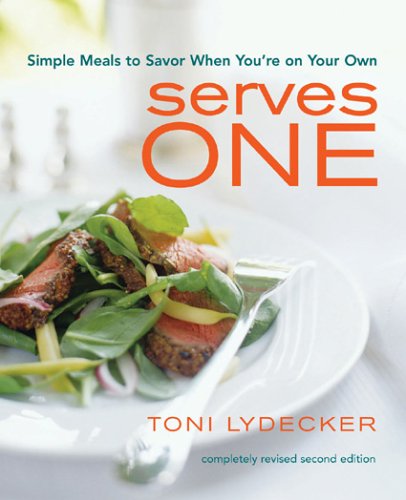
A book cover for Serves One: Simple Meals to Savor When You're on Your Own; Toni Lydecker; Cookbooks, Food & Wine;